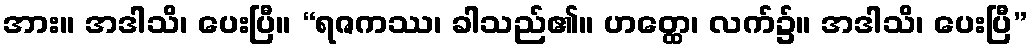
အား။ အဒါသိ၊ ပေးပြီ။ “ရဇကဿ၊ ခါသည်၏။ ဟတ္ထေ၊ လက်၌။ အဒါသိ၊ ပေးပြီ”